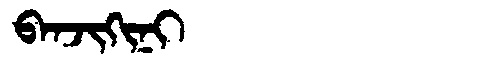
Manchu: ᠪᠠᠨᠵᡳᡴᡳᠨᡳ
Romanization: BANJIKINI